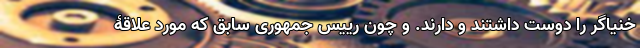
خنیاگر را دوست داشتند و دارند. و چون رییس جمهوری سابق که مورد علاقۀ